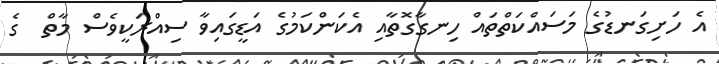
އެ ހަށިގަނޑުގެ މަސައްކަތްތައް ހިނގާގޮތާއި އެކަންކަމުގެ އަޑީގައިވާ ސިއްރަކީވެސް މާތް  ގެ